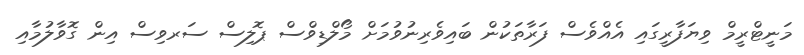
މަނީޓްރީމް ވިޔަފާރީގައި އެއްވެސް ފަރާތަކުން ބައިވެރިނުވުމަށް މޯލްޑިވްސް ޕޮލިސް ސަރވިސް އިން ގޮވާލުމާއި